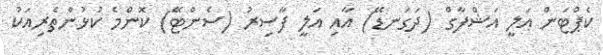
ކެޕްޓަން އަލީ އަޝްފާގް (ދަގަނޑޭ) އާއި އަލީ ފާސިރު (ސެންޓޭ) ކޮންމެ ކުޅުންތެރިއަކު